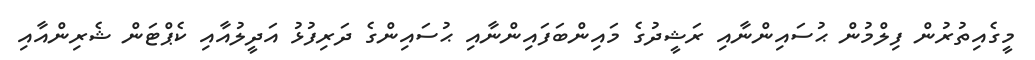
މީގެއިތުރުން ފިލްމުން ޙުސައިންނާއި ރަޝީދުގެ މައިންބަފައިންނާއި ޙުސައިންގެ ދަރިފުޅު އަދީލުއާއި ކެޕްޓަން ޝެރިންއާއި